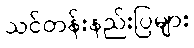
သင်တန်းနည်းပြများ